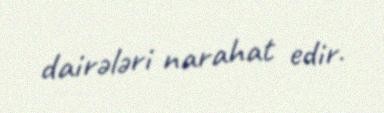
dairələri narahat edir.